Senior Leaving Certificate Examination (including Day School Certificate (Higher) General paper), 1949
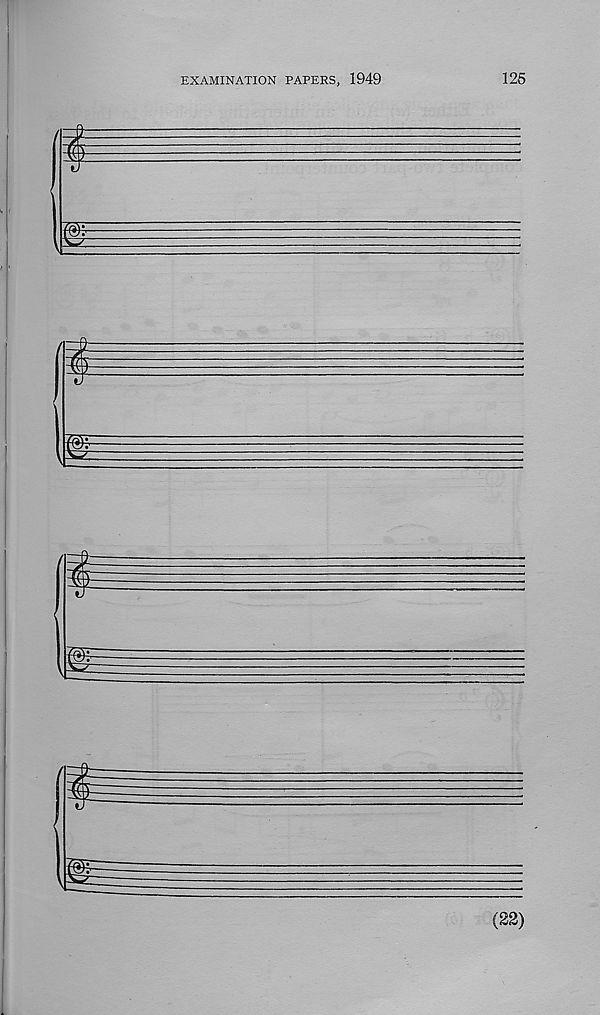
EXAMINATION PAPERS, 1949
125
(22)